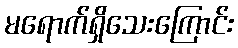
မရောက်ရှိသေးကြောင်း